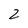
Character: 2